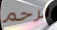
الرحم